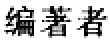
编著者